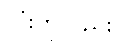
လုံးကိုလည်း